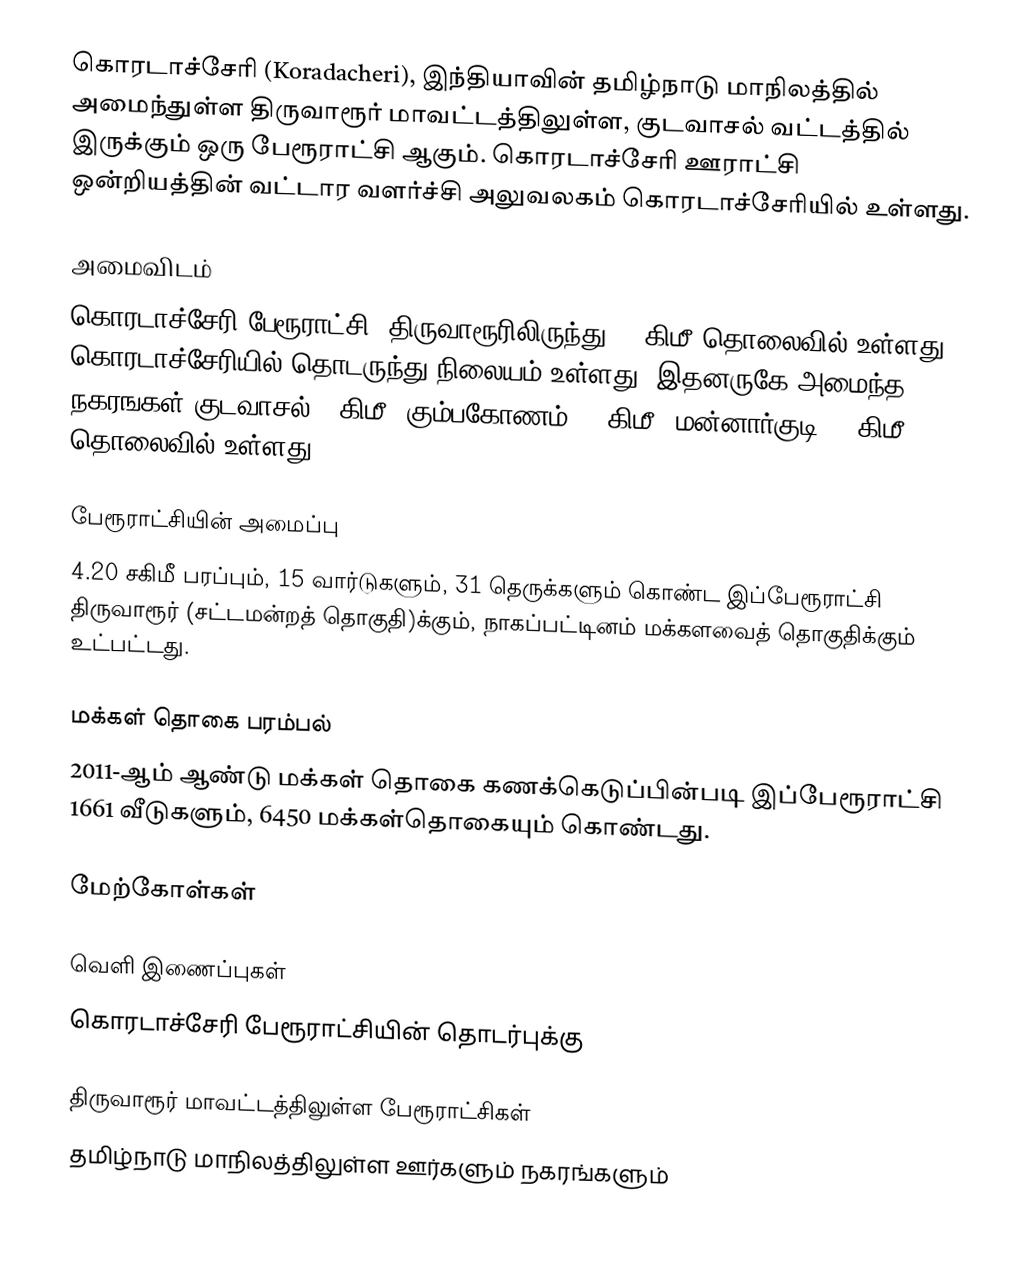
கொரடாச்சேரி (Koradacheri), இந்தியாவின் தமிழ்நாடு மாநிலத்தில் அமைந்துள்ள திருவாரூர் மாவட்டத்திலுள்ள, குடவாசல் வட்டத்தில் இருக்கும் ஒரு பேரூராட்சி ஆகும்.  கொரடாச்சேரி ஊராட்சி ஒன்றியத்தின் வட்டார வளர்ச்சி அலுவலகம் கொரடாச்சேரியில்  உள்ளது.

அமைவிடம்
கொரடாச்சேரி பேரூராட்சி, திருவாரூரிலிருந்து 18 கிமீ தொலைவில் உள்ளது. கொரடாச்சேரியில் தொடருந்து நிலையம் உள்ளது. இதனருகே அமைந்த நகரஙகள் குடவாசல் 12கிமீ; கும்பகோணம் 35 கிமீ; மன்னார்குடி 26 கிமீ தொலைவில் உள்ளது.

பேரூராட்சியின் அமைப்பு
4.20   சகிமீ பரப்பும், 15 வார்டுகளும், 31 தெருக்களும்  கொண்ட இப்பேரூராட்சி  திருவாரூர் (சட்டமன்றத் தொகுதி)க்கும், நாகப்பட்டினம் மக்களவைத் தொகுதிக்கும் உட்பட்டது.

மக்கள் தொகை பரம்பல்
2011-ஆம் ஆண்டு மக்கள் தொகை கணக்கெடுப்பின்படி  இப்பேரூராட்சி 1661 வீடுகளும், 6450 மக்கள்தொகையும் கொண்டது.

மேற்கோள்கள்

வெளி இணைப்புகள்
 கொரடாச்சேரி பேரூராட்சியின் தொடர்புக்கு

திருவாரூர் மாவட்டத்திலுள்ள பேரூராட்சிகள்
தமிழ்நாடு மாநிலத்திலுள்ள ஊர்களும் நகரங்களும்